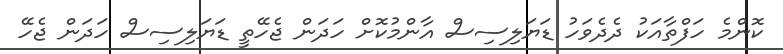
ކޮންމެ ހަފްތާއަކު ދެދެވަހު ޑަޔަލިސިސް އާންމުކޮށް ހަދަން ޖެހޭތީ ޑަޔަލިސިސް ހަދަން ޖެހޭ